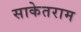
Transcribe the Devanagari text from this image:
साकेतराम